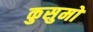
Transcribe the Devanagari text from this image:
कुसुमों